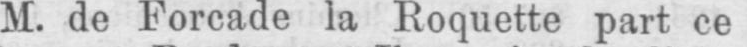
M. de Forcade la Roquette part ce